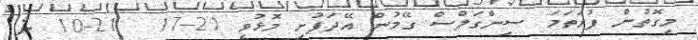
މިގޮތުން ފުރަތަމަ ސިންގަލްސް ގޭމުން އޭދަފުށި މޮޅުވީ 21-17  21-10 ން